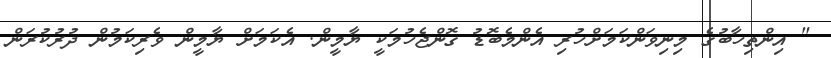
" އިންތިހާބުގެ މިނިވަންކަމަށްހުރި އެންމެބޮޑު ގޮންޖެހުމަކީ ޔާމީން. އެކަމަށް ޔާމީން ވެރިކަމުން ދުރުކުރަން